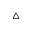
\triangle